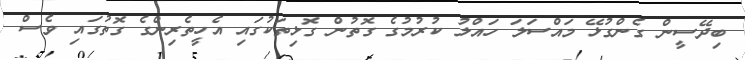
ބިދޭސީން ގެންގުޅޭ މައްސަލަ ހައްލު ކުރުމުގެ ގޮތުން ގޮޅިތަކުގައި އެހީތެރިންގެ ގޮތުގައި ވެސް